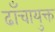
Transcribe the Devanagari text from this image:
ढाँचायुक्त